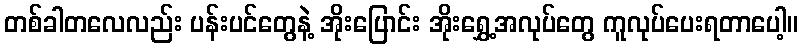
တစ်ခါတလေလည်း ပန်းပင်တွေနဲ့ အိုးပြောင်း အိုးရွှေ့အလုပ်တွေ ကူလုပ်ပေးရတာပေါ့။